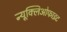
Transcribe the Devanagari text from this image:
न्यूक्लिओफाइट